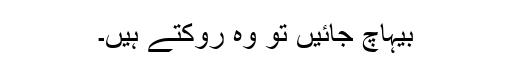
بیہاچ جائیں تو وہ روکتے ہیں۔